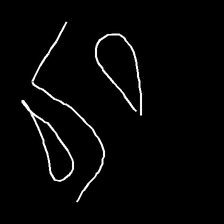
Glyph: water